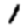
Digit: 1